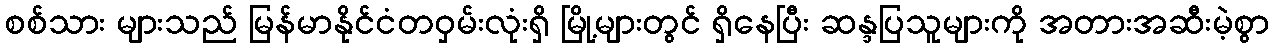
စစ်သား များသည် မြန်မာနိုင်ငံတဝှမ်းလုံးရှိ မြို့များတွင် ရှိနေပြီး ဆန္ဒပြသူများကို အတားအဆီးမဲ့စွာ